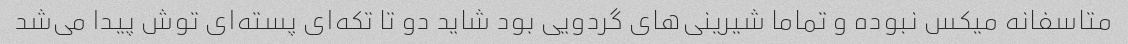
متاسفانه میکس نبوده و تماما شیرینی‌های گردویی بود شاید دو تا تکه‌ای پسته‌ای توش پیدا می‌شد